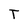
Character: T